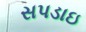
સપડાઇ